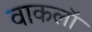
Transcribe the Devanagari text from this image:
वाकलॉ